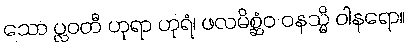
သော ပ္လဝတီ ဟုရာ ဟုရံ၊ ဖလမိစ္ဆံဝ ဝနသ္မိ ဝါနရော။